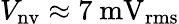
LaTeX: V_{\mathrm{nv}}\approx 7~\mathrm{mV_{rms}}